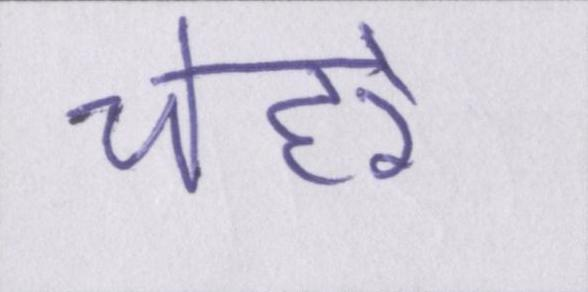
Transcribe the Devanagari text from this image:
चेहरे